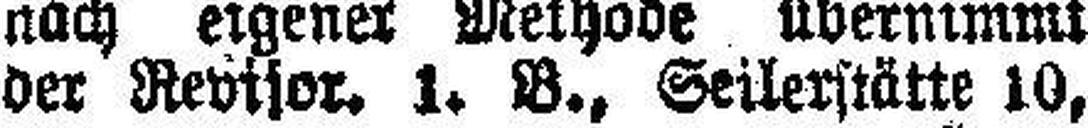
der Revisor. 1. B., Seilerstätte 10,